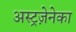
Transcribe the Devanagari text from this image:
अस्ट्रज़ेनेका